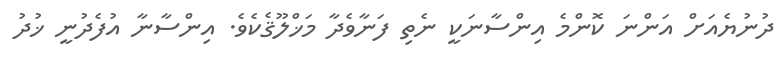
ދުނުޔެއަށް އަންނަ ކޮންމެ އިންސާނަކީ ނެތި ފަނާވެދާ މަޚްލޫޤެކެވެ. އިންސާނާ އުފެދުނީ ޚުދު